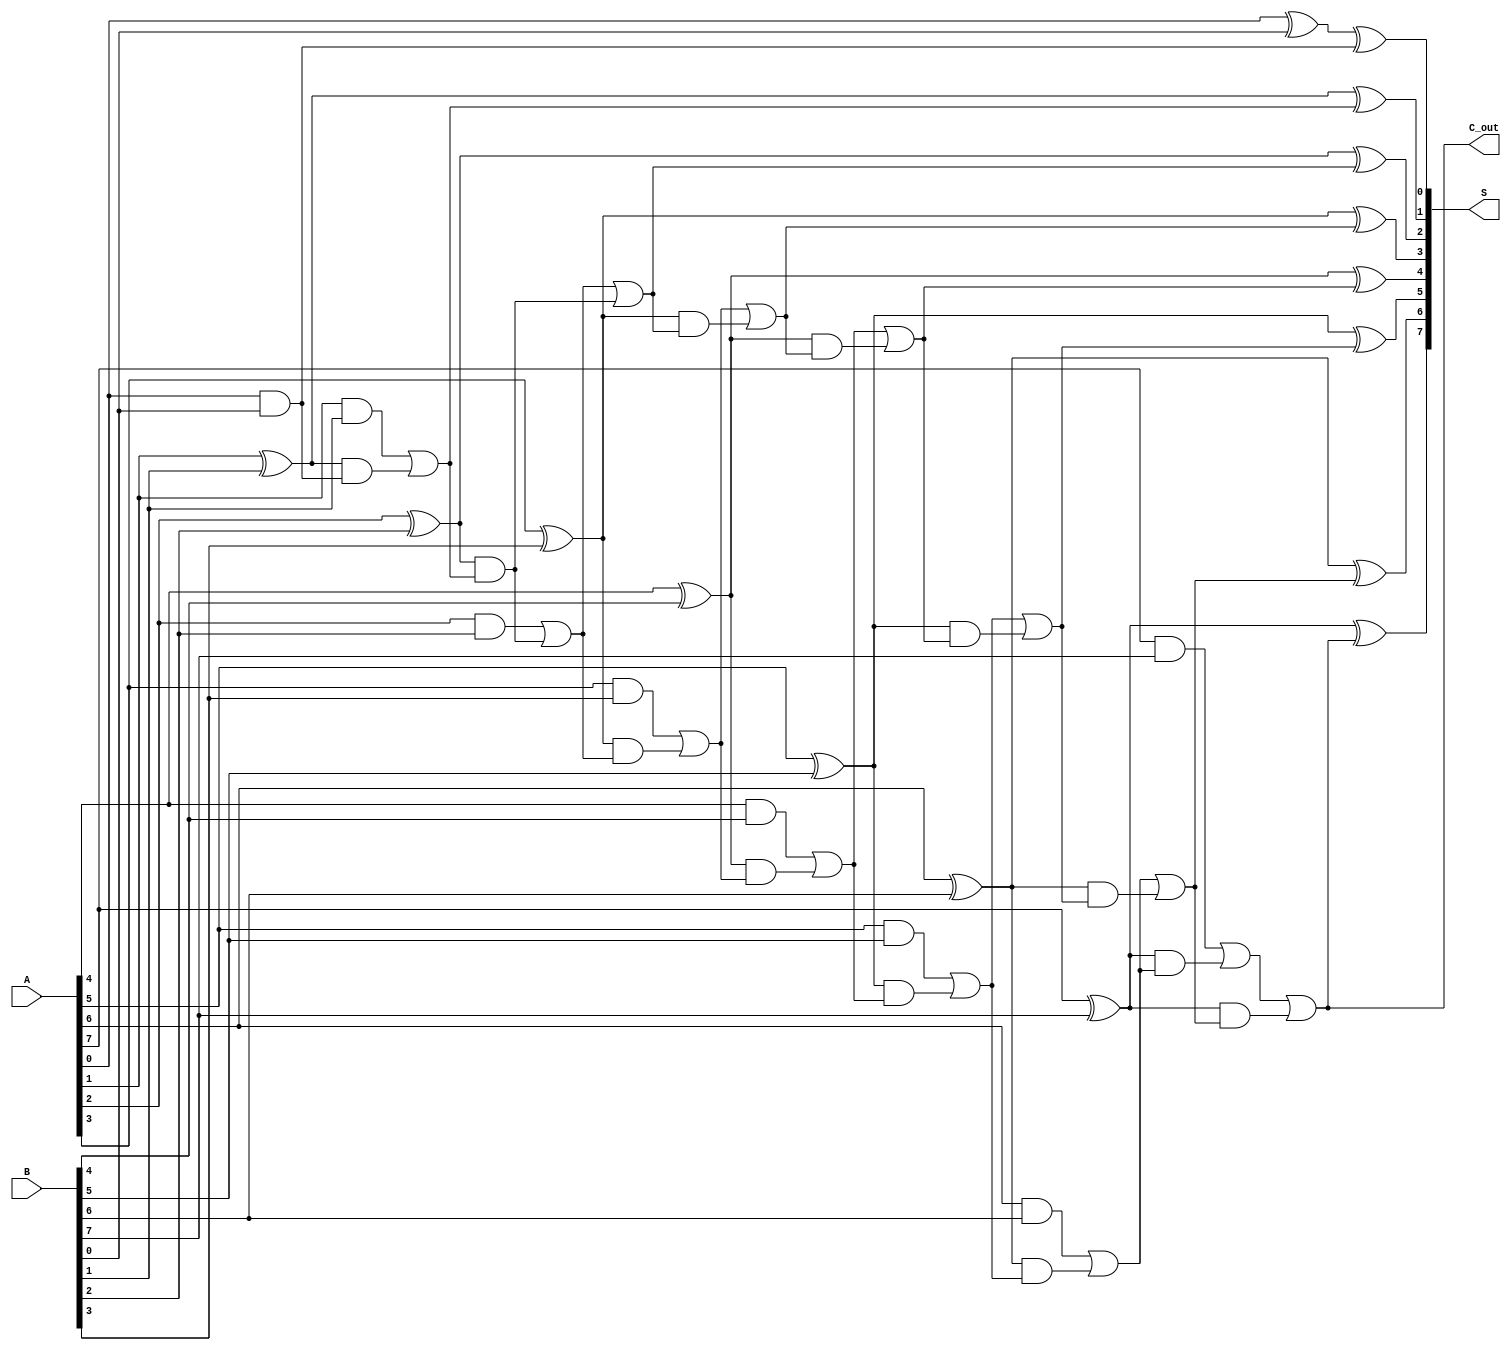
module BrentKungAdder #(parameter N = 8) (
    input  [N-1:0] A, 
    input  [N-1:0] B,
    output [N-1:0] S,
    output C_out
);

    // Intermediate signals for propagate and generate
    wire [N-1:0] P, G;
    wire [N:0] C; // carry bits

    // Preprocessing stage: Compute P and G
    genvar i;
    generate
        for (i = 0; i < N; i = i + 1) begin : pg_gen
            assign P[i] = A[i] ^ B[i]; // Propagate
            assign G[i] = A[i] & B[i]; // Generate
        end
    endgenerate

    // Carry Generation
    assign C[0] = 1'b0; // No carry-in for the least significant bit

    // Stage 1: Compute first-level carry signals
    assign C[1] = G[0];
    generate
        for (i = 1; i < N; i = i + 1) begin : carry_gen_stage1
            assign C[i + 1] = G[i] | (P[i] & C[i]);
        end
    endgenerate

    // Further stages for carry propagation
    // Stage 2 and beyond
    // This implementation uses a simple 2-level structure for clarity
    wire [N-1:0] C_intermediate;
    assign C_intermediate[0] = C[1]; // C[1]
    assign C_intermediate[1] = C[2]; // C[2]
    generate
        for (i = 2; i < N; i = i + 1) begin : carry_gen_stage2
            assign C_intermediate[i] = C[i + 1] | (P[i] & C_intermediate[i - 1]);
        end
    endgenerate

    // Final carry-out
    assign C_out = C_intermediate[N-1];

    // Sum Calculation
    generate
        for (i = 0; i < N; i = i + 1) begin : sum_gen
            assign S[i] = P[i] ^ C_intermediate[i]; // Sum calculation
        end
    endgenerate

endmodule